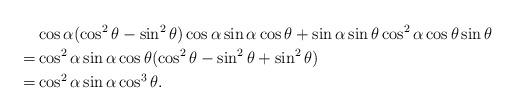
LaTeX: \begin{align*} &\cos \alpha (\cos^2\theta - \sin^2\theta) \cos\alpha \sin \alpha \cos\theta + \sin\alpha \sin\theta \cos^2\alpha \cos\theta \sin\theta\\ =& \cos^2\alpha \sin\alpha \cos\theta (\cos^2\theta - \sin^2\theta + \sin^2\theta)\\ =& \cos^2\alpha \sin\alpha \cos^3\theta. \end{align*}